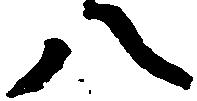
八